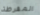
المفرطة